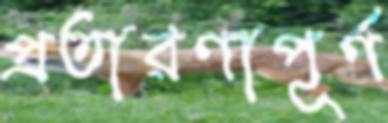
প্রতারণাপূর্ণ